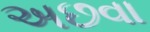
અછવા